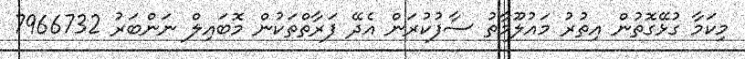
މިކަމާ ގުޅޭގޮތުން އިތުރު މައުލޫމާތު ސާފުކުރަން އެދޭ ފަރާތްތަކުން މޮބައިލް ނަންބަރު 7966732